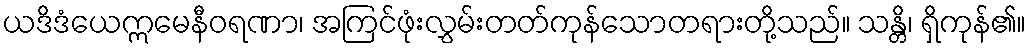
ယဒိဒံယေဣမေနီဝရဏာ၊ အကြင်ဖုံးလွှမ်းတတ်ကုန်သောတရားတို့သည်။ သန္တိ၊ ရှိကုန်၏။